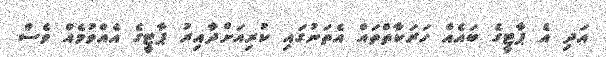
އަދި އެ ޕާޓީގެ ބައެއް ހަރަކާތްތައް އެތަނުގައި ކުރިއަށްދާއިރު ޕާޓީގެ އެއްވުމެއް ވެސް